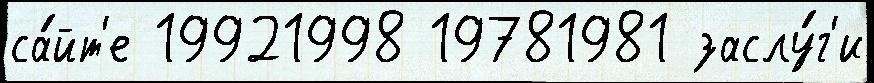
са́йт'е 19921998 19781981 заслу́г'и